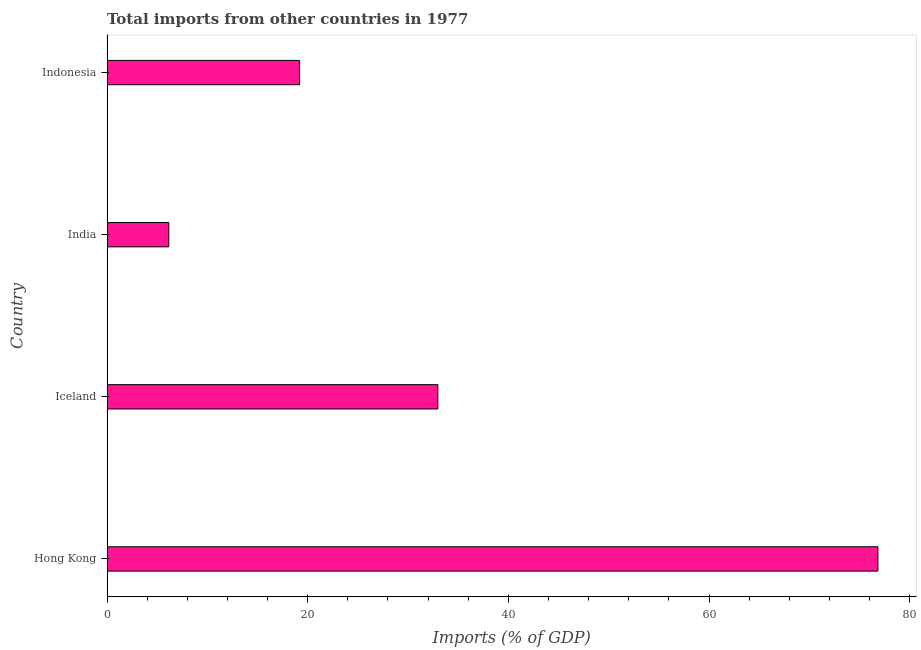
| Country | Imports |
 | --- | --- |
 | Hong Kong | 76.8 |
 | Iceland | 33 |
 | India | 6.16 |
 | Indonesia | 19.2 |